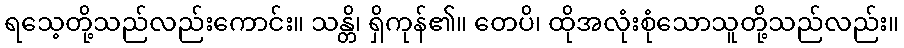
ရသေ့တို့သည်လည်းကောင်း။ သန္တိ၊ ရှိကုန်၏။ တေပိ၊ ထိုအလုံးစုံသောသူတို့သည်လည်း။